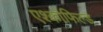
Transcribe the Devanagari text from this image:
एश्कोफिल्ड